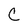
Character: C